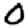
Digit: 0